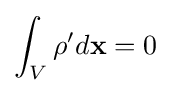
\int _{V}\rho 'd\mathbf {x} =0